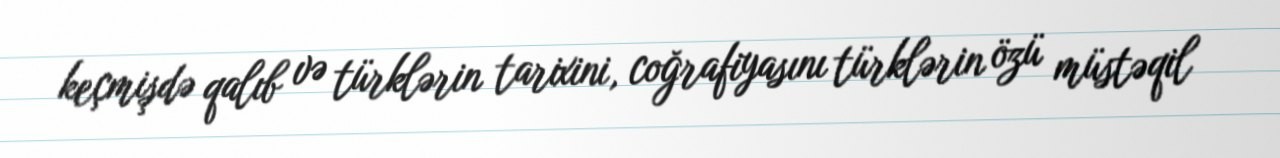
keçmişdə qalıb və türklərin tarixini, coğrafiyasını türklərin özü müstəqil